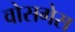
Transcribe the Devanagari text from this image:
वोसगेस